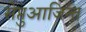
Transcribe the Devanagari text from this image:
सेप्तुआजिन्त